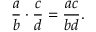
{ \frac { a } { b } } \cdot { \frac { c } { d } } = { \frac { a c } { b d } } .